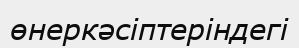
өнеркәсіптеріндегі